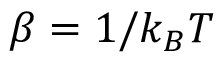
\beta = 1 / k _ { B } T